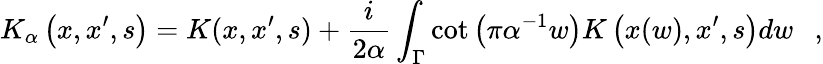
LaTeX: K_{\alpha}\left(x,x^{\prime},s\right)=K(x,x^{\prime},s)+{\frac{i}{2\alpha}}\int_{\Gamma}\cot\left(\pi\alpha^{-1}w\right)K\left(x(w),x^{\prime},s\right)dw~~~,